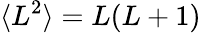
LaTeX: \langle L^{2}\rangle=L(L+1)